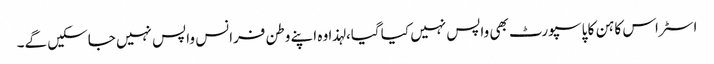
اسٹراس کاہن کا پاسپورٹ بھی واپس نہیں کیا گیا، لہذا وہ اپنے وطن فرانس واپس نہیں جاسکیں گے۔